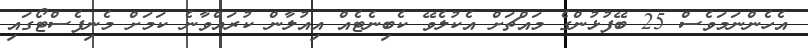
އެހެންނަމަވެސް 25 ބޭފުޅުންގެ މައްޗަށް އެކުލެވޭ ކެބިނެޓެއް އިއުލާން ކުރައްވާނެ ކަމަށް މެނިފެސްޓޯގައި